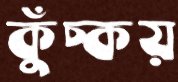
কুঁচ্‌কয়